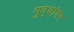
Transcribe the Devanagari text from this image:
मुद्दांवर